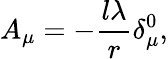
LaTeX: A_{\mu}=-\frac{l\lambda}r\delta_{\mu}^{0},